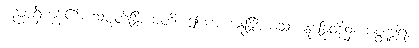
ပညာရှိကုန်၏။ သံပုတိန္ဒြိယာတိ၊ ဤကား။ ဣန္ဒြိယေသု၊ ဣန္ဒြေတို့၌။ ဂုတ္တဒွါရာ၊